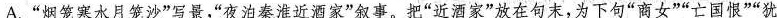
A.”烟笼寒水月笼沙”写景，”夜泊秦淮近酒家”叙事。把”近酒家”放在句末，为下句”商女””亡国恨””犹